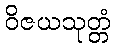
ဝိဇယသုတ္တံ